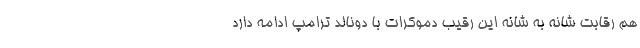
هم رقابت شانه به شانه این رقیب دموکرات با دونالد ترامپ ادامه دارد